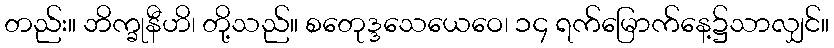
တည်း။ ဘိက္ခုနီဟိ၊ တို့သည်။ စတေုဒ္ဒသေယေဝေ၊ ၁၄ ရက်မြောက်နေ့၌သာလျှင်။